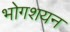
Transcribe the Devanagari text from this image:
भोगशयन